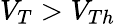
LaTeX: V_{T}>V_{Th}